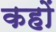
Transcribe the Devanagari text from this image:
कहों